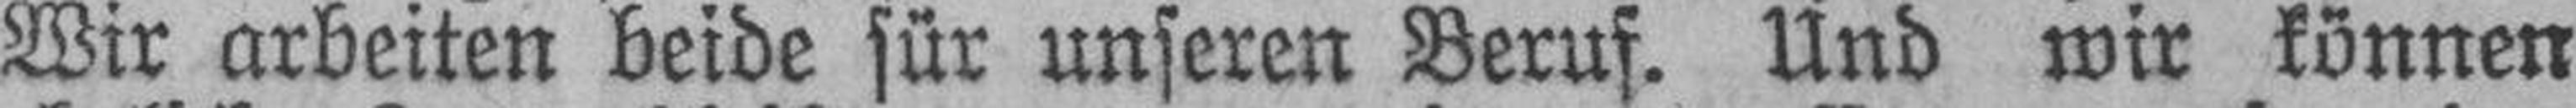
Wir arbeiten beide für unseren Beruf. Und wir können